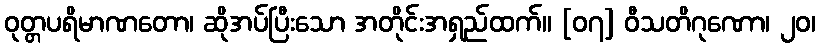
ဝုတ္တပရိမာဏတော၊ ဆိုအပ်ပြီးသော အတိုင်းအရှည်ထက်။ [၀၇] ဝီသတိဂုဏော၊ ၂၀၊